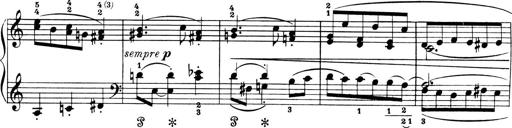
Title: 4 Sonatines
Composer: Max Reger